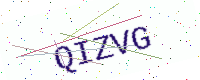
Text: QIZVG